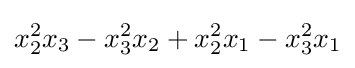
x_{2}^{2}x_{3}-x_{3}^{2}x_{2}+x_{2}^{2}x_{1}-x_{3}^{2}x_{1}